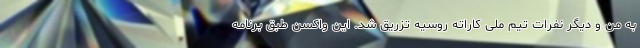
به من و دیگر نفرات تیم ملی کاراته روسیه تزریق شد. این واکسن طبق برنامه